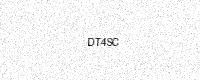
Text: DT4SC